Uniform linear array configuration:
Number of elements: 64
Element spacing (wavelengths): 1
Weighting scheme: exponential
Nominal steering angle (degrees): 30
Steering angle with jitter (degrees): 31.095
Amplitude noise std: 0.05
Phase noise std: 0.05

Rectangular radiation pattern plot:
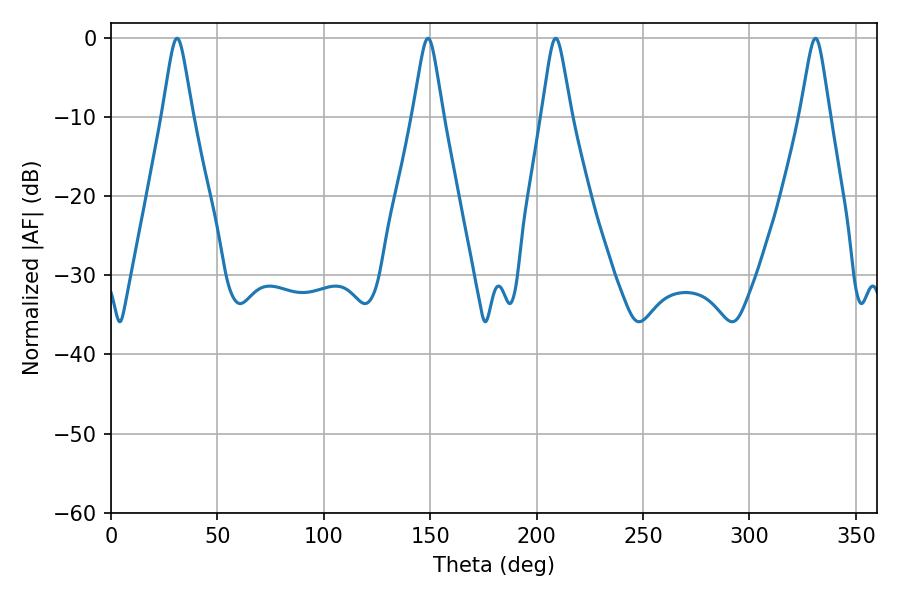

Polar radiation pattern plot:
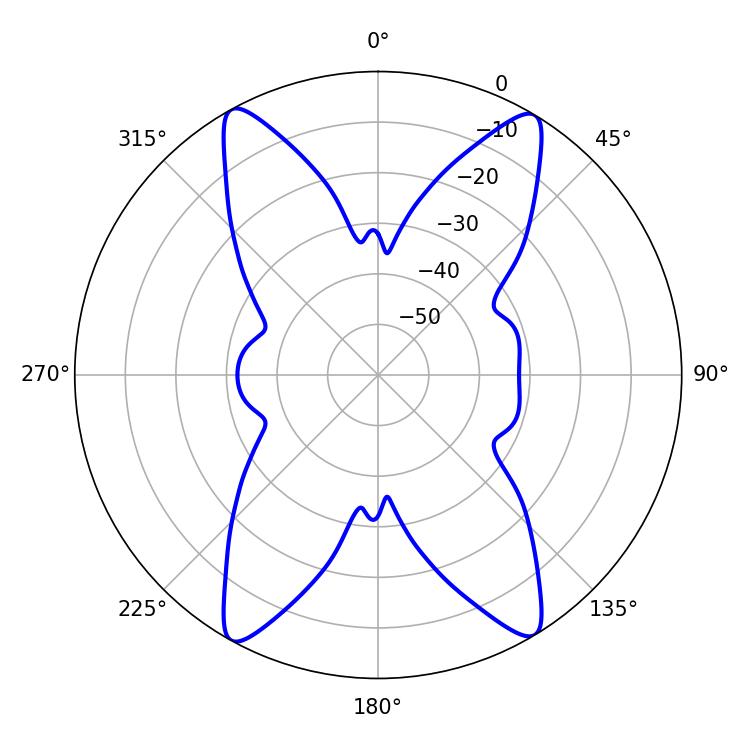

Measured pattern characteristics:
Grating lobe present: TRUE
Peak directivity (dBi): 22.825
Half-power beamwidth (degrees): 6.66
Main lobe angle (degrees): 208.98